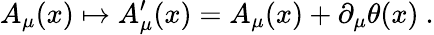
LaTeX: A_{\mu}(x)\mapsto A_{\mu}^{\prime}(x)=A_{\mu}(x)+\partial_{\mu}\theta(x)\ .